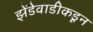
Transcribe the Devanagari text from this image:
झेंडेवाडीकडून